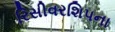
રિસીવરશિપના